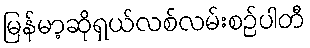
မြန်မာ့ဆိုရှယ်လစ်လမ်းစဉ်ပါတီ